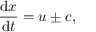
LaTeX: { \frac { \mathrm { d } x } { \mathrm { d } t } } = u \pm c ,